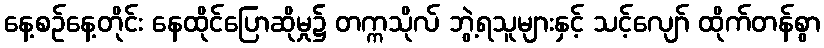
နေ့စဉ်နေ့တိုင်း နေထိုင်ပြောဆိုမှု၌ တက္ကသိုလ် ဘွဲ့ရသူများနှင့် သင့်လျော် ထိုက်တန်စွာ